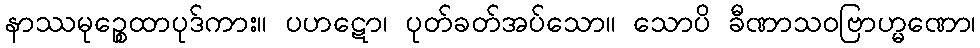
နာဿမုဉ္စေထာပုဒ်ကား။ ပဟဋော၊ ပုတ်ခတ်အပ်သော။ သောပိ ခီဏာသဝဗြာဟ္မဏော၊